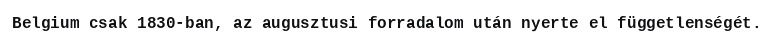
Belgium csak 1830-ban, az augusztusi forradalom után nyerte el függetlenségét.